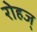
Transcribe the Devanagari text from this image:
रोहज्